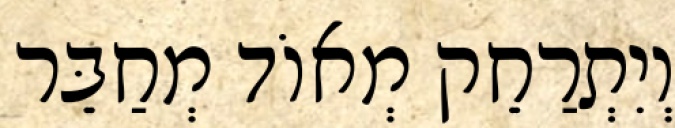
וְיִתְרַחֵק מְאוֹד מְחַבֵּר